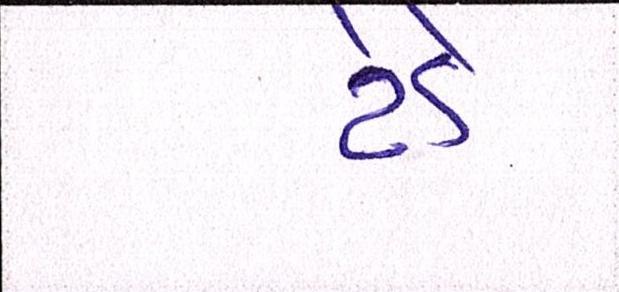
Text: ટેડે